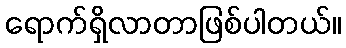
ရောက်ရှိလာတာဖြစ်ပါတယ်။